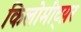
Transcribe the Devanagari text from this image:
किलोमीट्य़र